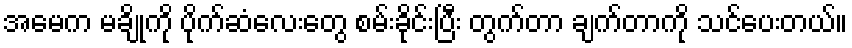
အမေက မချိုကို ပိုက်ဆံလေးတွေ စမ်းခိုင်းပြီး တွက်တာ ချက်တာကို သင်ပေးတယ်။